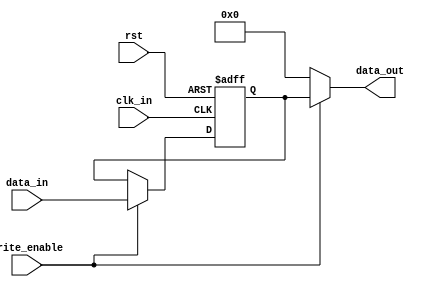
module cascade_bypass_register (
  input wire clk_in,
  input wire rst,
  input wire write_enable,
  input wire [7:0] data_in,
  output reg [7:0] data_out
);

reg [7:0] reg_data;

always @(posedge clk_in or posedge rst) begin
  if (rst) begin
    reg_data <= 8'b0;
  end else begin
    if (write_enable) begin
      reg_data <= data_in;
    end end
  end
  
  always @(*) begin
    if (write_enable) begin
      data_out <= reg_data;
    end else begin
      data_out <= 8'b0;
    end
  end

endmodule